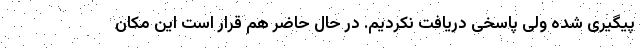
پیگیری شده ولی پاسخی دریافت نکردیم. در حال حاضر هم قرار است این مکان